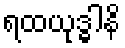
ရထယုဒ္ဓါနိ